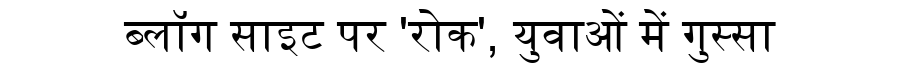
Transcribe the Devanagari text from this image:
ब्लॉग साइट पर 'रोक', युवाओं में गुस्सा